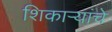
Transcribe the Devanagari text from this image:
शिकार्‍यांचे